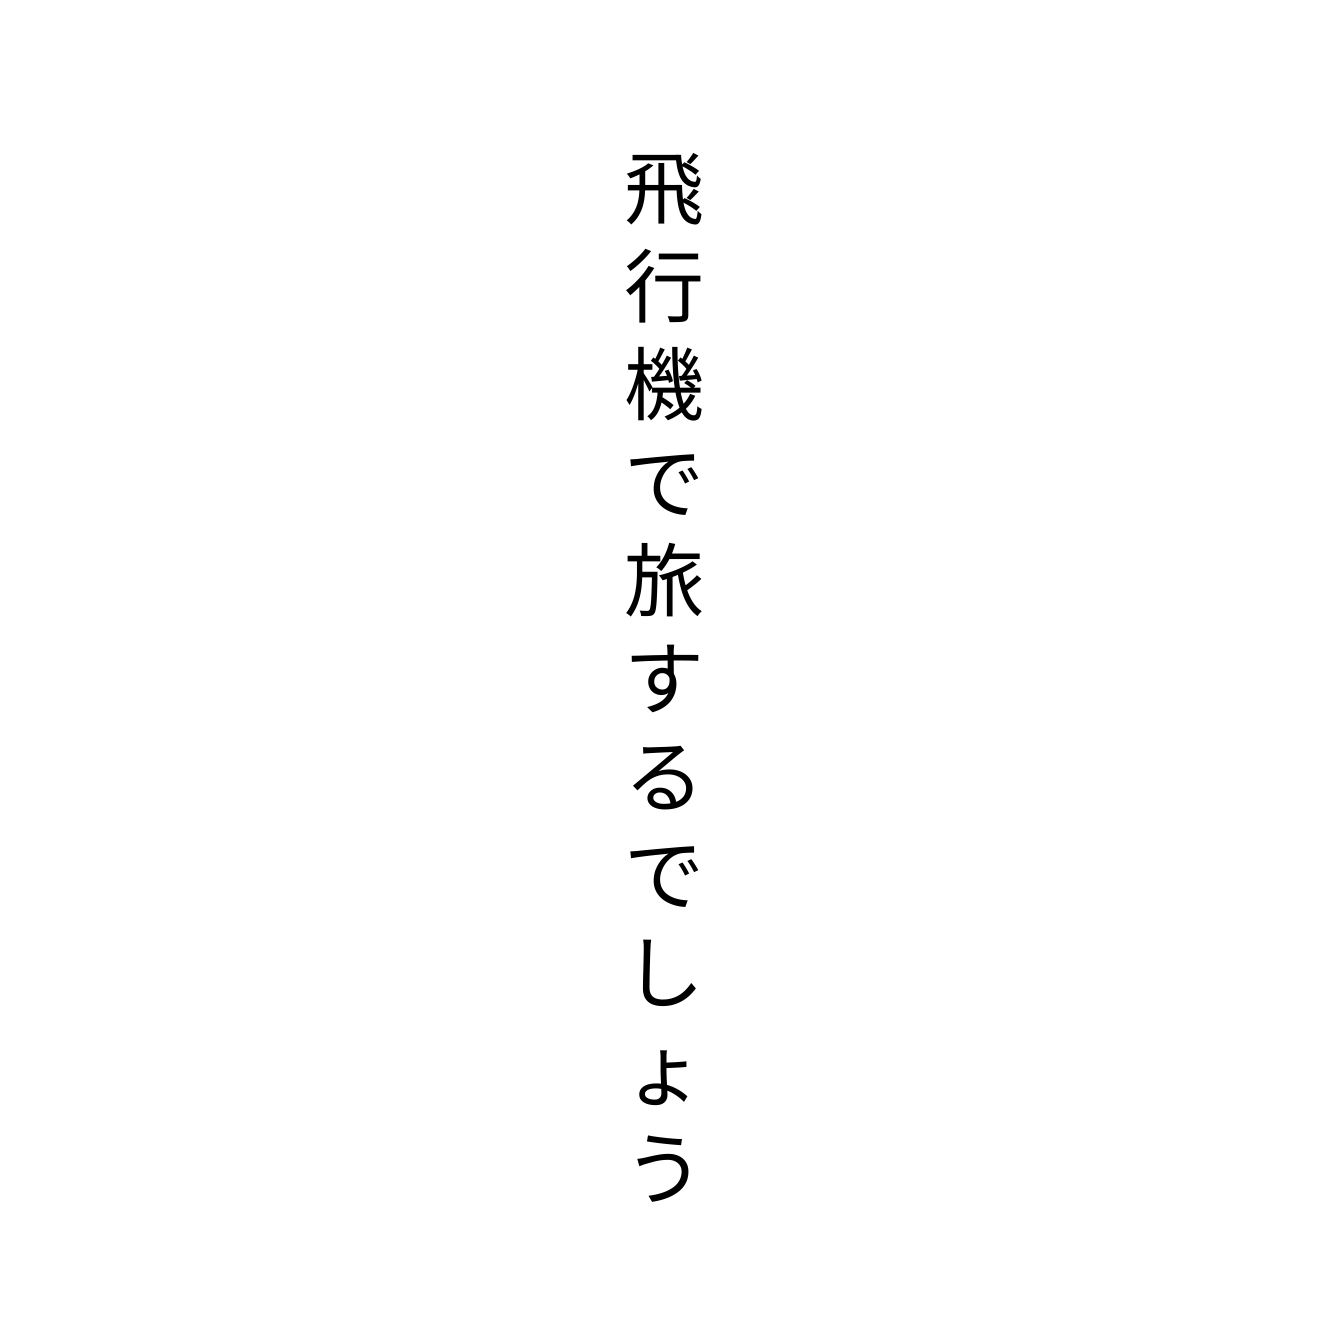
飛行機で旅するでしょう